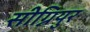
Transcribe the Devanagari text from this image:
सीग्नियुर